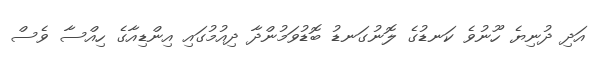
އަދި ދުނިޔެ ހޫނުވެ ކަނޑުގެ ލޮނުގަނޑު ބޮޑުވަމުންދާ ދިއުމުގައި އިންޑިއާގެ ހިއްސާ ވެސް